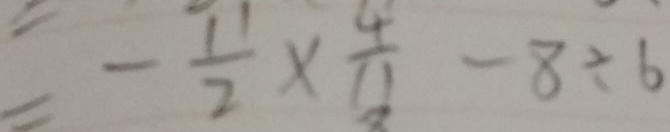
= - \frac { 1 1 } { 2 } \times \frac { 4 } { 1 1 } - 8 \div 6